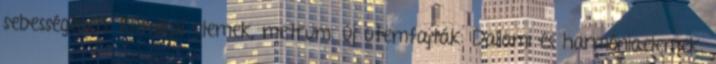
sebességében. Ritmikai elemek, metrum: új ütemfajták: Dallami és harmóniaelemek: